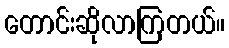
တောင်းဆိုလာကြတယ်။